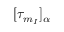
[ { \tau _ { { m } _ { I } } } ] _ { \alpha }